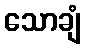
သောချံ